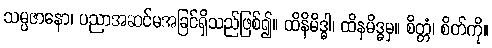
သမ္ပဇာနော၊ ပညာအဆင်မအခြင်ရှိသည်ဖြစ်၍။ ထိနိမိဒ္ဓါ၊ ထိနမိဒ္ဓမှ။ စိတ္တံ၊ စိတ်ကို။